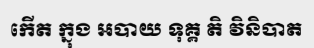
កើត ក្នុង អបាយ ទុគ្គ តិ វិនិបាត